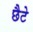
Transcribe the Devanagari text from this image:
छैटे